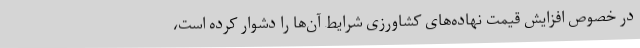
در خصوص افزایش قیمت نهاده‌های کشاورزی شرایط آن‌ها را دشوار کرده است،